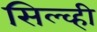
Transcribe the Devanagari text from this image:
सिल्व्ही